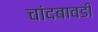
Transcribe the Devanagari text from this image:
चांदबावडी